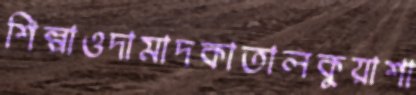
শিল্পাওদামাদকাতালকুয়াশা